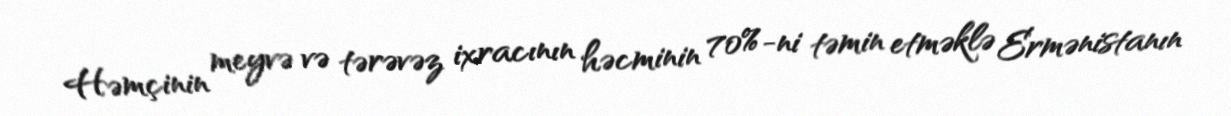
Həmçinin meyvə və tərəvəz ixracının həcminin 70%-ni təmin etməklə Ermənistanın